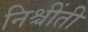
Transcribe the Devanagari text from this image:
निश्चींती